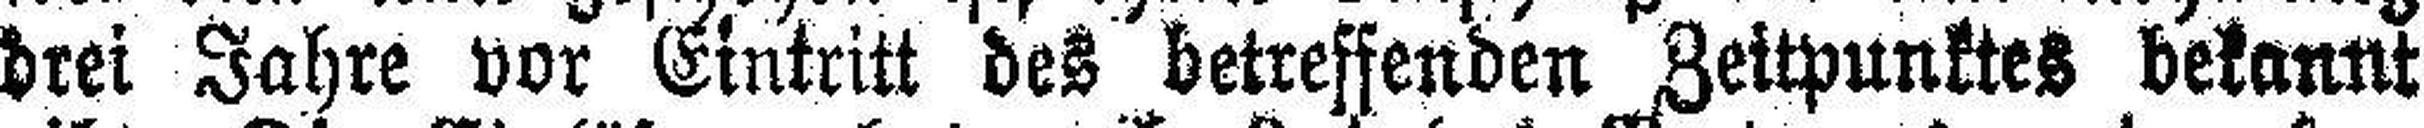
drei Jahre vor Eintritt des betreffenden Zeitpunktes bekannt